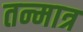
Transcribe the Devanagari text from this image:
तन्मात्र